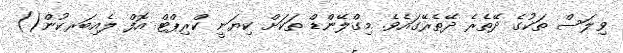
ވިލަސް ތަކުގެ ދޭތެރެ ދޭތެރޭގައެވެ. މިގްލޭންޑް ތަކަށް ކިޔަނީ ކްރިޕްޓް އޮފް ލެއިބަރކުން()